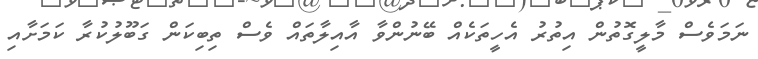
ނަމަވެސް މާލީގޮތުން އިތުރު އެހީތަކެއް ބޭނުންވާ އާއިލާތައް ވެސް ތިބިކަން ގަބޫލުކުރާ ކަމަށާއި